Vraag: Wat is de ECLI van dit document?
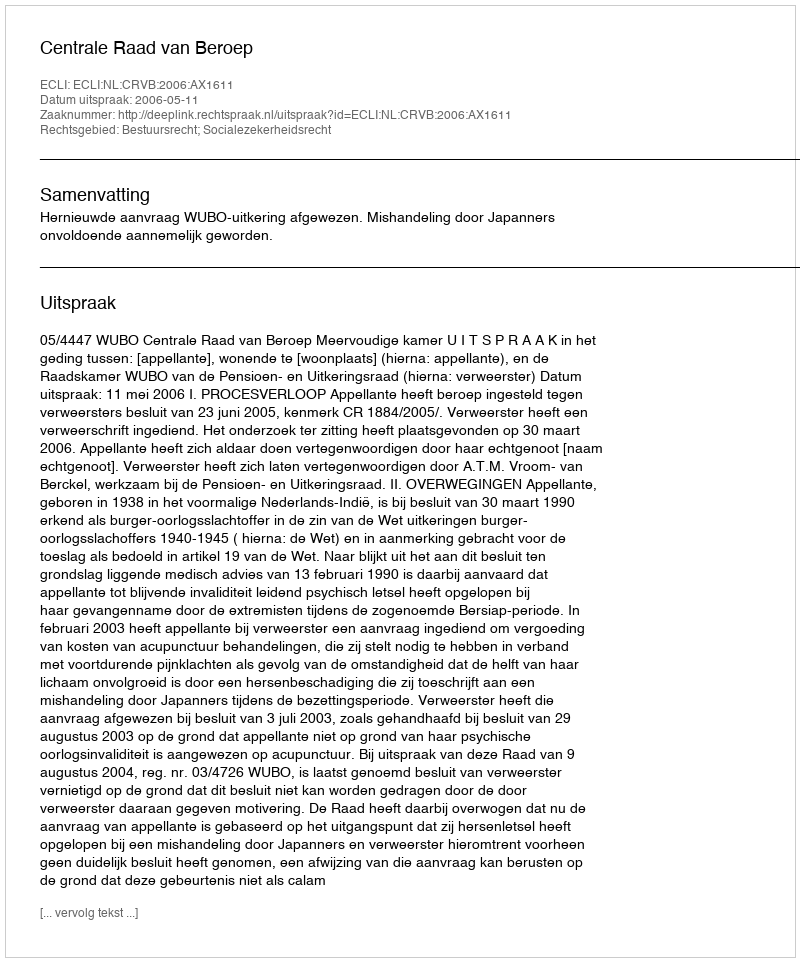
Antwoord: ECLI:NL:CRVB:2006:AX1611